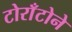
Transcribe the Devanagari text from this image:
टोराँटोने